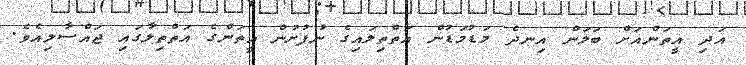
އަދި އީތަންއަށް ބަލަން އިނދެ މަޑުމަޑުން އަތްތިލައިގެ ނުފުށުން އީތަންގެ އަތްތިލާގައި ޖައްސާލިއެވެ.